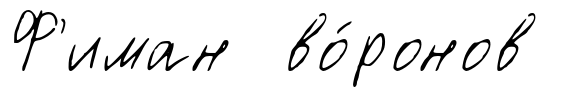
Ф'иман во́ронов